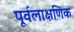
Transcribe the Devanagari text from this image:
पूर्वलाक्षणिक